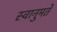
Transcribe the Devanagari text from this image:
स्वानुमते